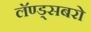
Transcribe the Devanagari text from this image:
लॅण्ड्सबरो